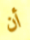
أن